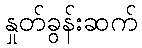
နှုတ်ခွန်းဆက်